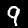
Digit: 9